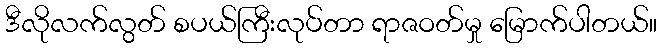
ဒီလိုလက်လွတ် စပယ်ကြီးလုပ်တာ ရာဇဝတ်မှု မြောက်ပါတယ်။